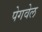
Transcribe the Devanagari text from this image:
पेगवेल